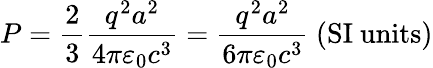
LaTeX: P={\frac{2}{3}}{\frac{q^{2}a^{2}}{4\pi\varepsilon_{0}c^{3}}}={\frac{q^{2}a^{2}}{6\pi\varepsilon_{0}c^{3}}}{\mathrm{~(SI~units)}}